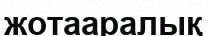
жотааралық